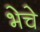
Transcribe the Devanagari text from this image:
भेचे